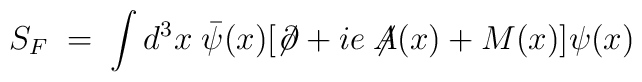
S_F\;=\; \int d^3x \; \bar{\psi}(x) [\not \!\partial+ i e \not \!\!A(x) + M(x) ] \psi(x)